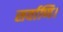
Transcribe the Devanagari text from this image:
सर्वाणि।